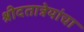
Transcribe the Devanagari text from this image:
श्रीदतात्रेयांचा